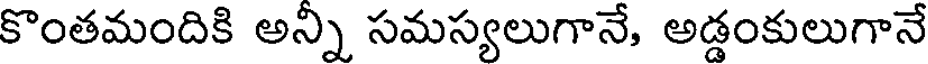
కొంతమందికి అన్ని సమస్యలుగానే, అడ్డంకులుగానే